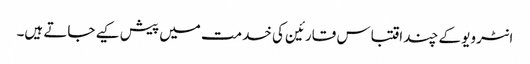
انٹرویو کے چند اقتباس قارئین کی خدمت میں پیش کیے جاتے ہیں۔